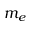
m _ { e }